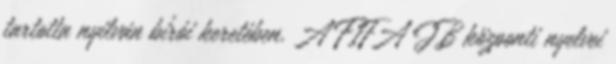
tartotta nyilván bírói keretében. A FIFA JB központi nyelvei